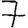
Digit: 7